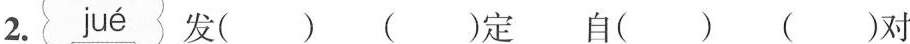
2.jué发（）（）定 自（）（）对